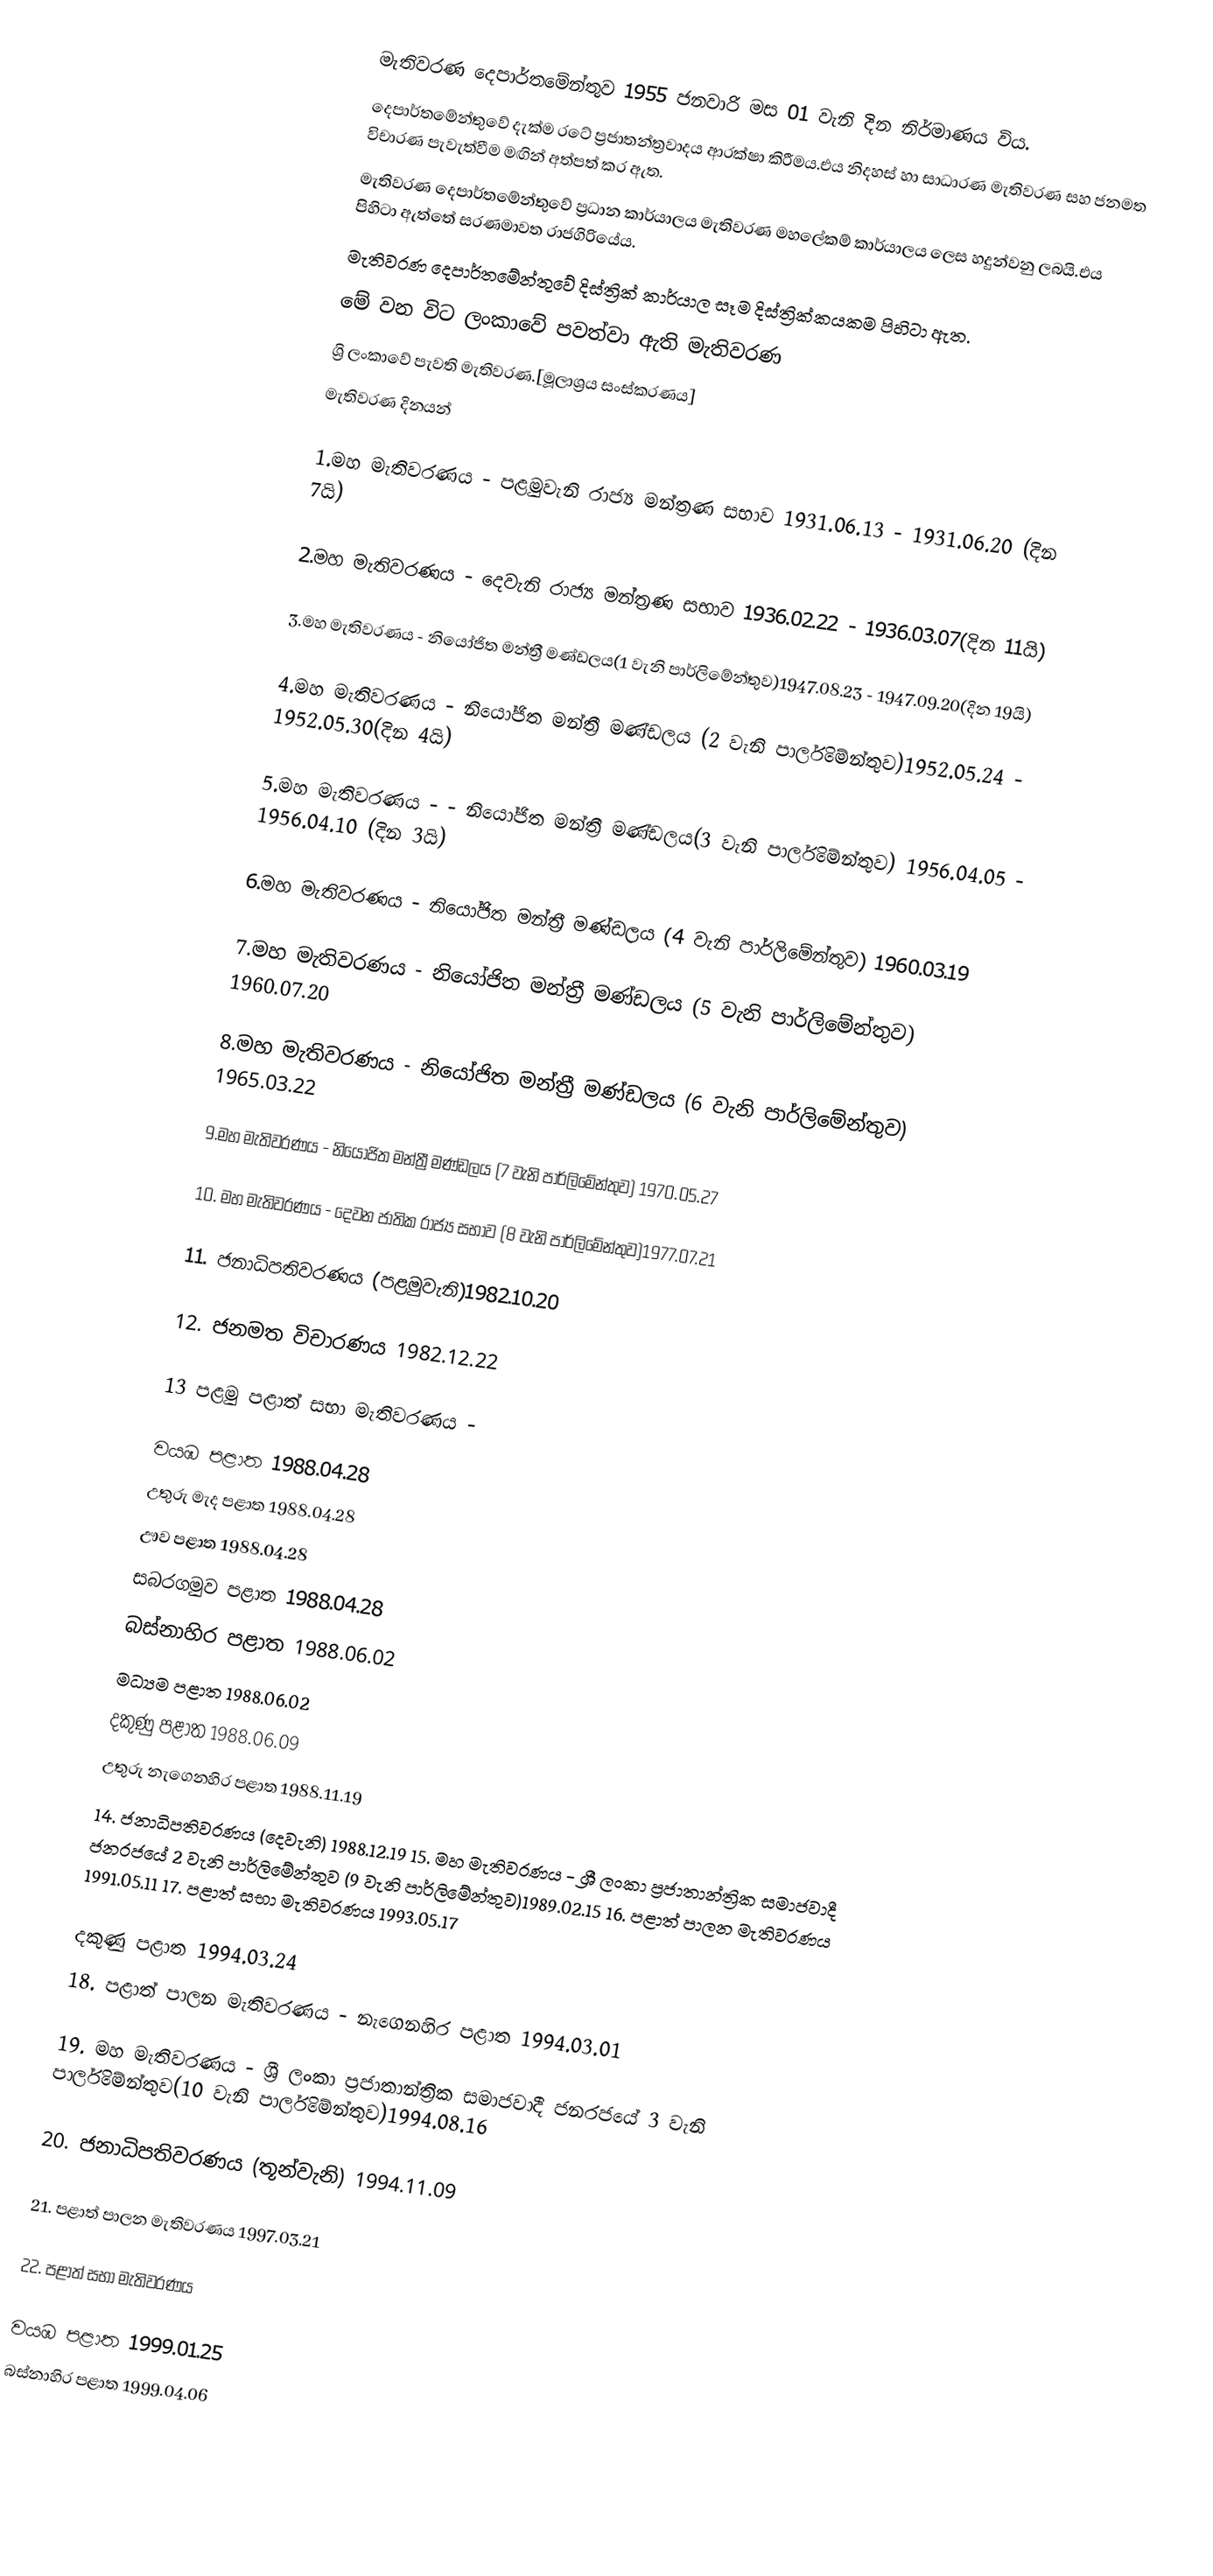
මැතිවරණ දෙපාර්තමේන්තුව 1955  ජනවාරි මස 01 වැනි දින නිර්මාණය විය.
දෙපාර්තමේන්තුවේ දැක්ම රටේ ප්‍රජාතන්ත්‍රවාදය ආරක්ෂා කිරීමය.එය නිදහස් හා සාධාරණ මැතිවරණ සහ ජනමත විචාරණ පැවැත්වීම මඟින් අත්පත් කර ඇත.
මැතිවරණ දෙපාර්තමේන්තුවේ ප්‍රධාන කාර්යාලය මැතිවරණ මහලේකම් කාර්යාලය ලෙස හදුන්වනු ලබයි.එය පිහිටා ඇත්තේ සරණමාවත රාජගිරියේය.
මැතිවරණ දෙපාර්තමේන්තුවේ දිස්ත්‍රික් කාර්යාල සෑම දිස්ත්‍රික්කයකම පිහිටා ඇත.
මේ වන විට ලංකාවේ පවත්වා ඇති මැතිවරණ
ශ්‍රි ලංකාවේ පැවති මැතිවරණ.[මූලාශ්‍රය සංස්කරණය]
මැතිවරණ දිනයන්

1.මහ මැතිවරණය - පළමුවැනි රාජ්‍ය මන්ත්‍රණ සභාව 1931.06.13 - 1931.06.20 (දින 7යි)

2.මහ මැතිවරණය - ‌දෙවැනි රාජ්‍ය මන්ත්‍රණ සභාව 1936.02.22 - 1936.03.07(දින 11යි)

3.මහ මැතිවරණය - නි‌යෝජිත මන්ත්‍රී මණ්ඩලය(1 වැනි පාර්ලි‌මේන්තුව)1947.08.23 - 1947.09.20(දින 19යි)

4.මහ මැතිවරණය - නි‌යෝජිත මන්ත්‍රී මණ්ඩලය (2 වැනි පාර්ලි‌මේන්තුව)1952.05.24 - 1952.05.30(දින 4යි)

5.මහ මැතිවරණය - - නි‌යෝජිත මන්ත්‍රී මණ්ඩලය(3 වැනි පාර්ලි‌මේන්තුව) 1956.04.05 - 1956.04.10 (දින 3යි)

6.මහ මැතිවරණය - නි‌යෝජිත මන්ත්‍රී මණ්ඩලය (4 වැනි පාර්ලි‌මේන්තුව) 1960.03.19

7.මහ මැතිවරණය - නි‌යෝජිත මන්ත්‍රී මණ්ඩලය (5 වැනි පාර්ලි‌මේන්තුව) 1960.07.20

8.මහ මැතිවරණය - නි‌යෝජිත මන්ත්‍රී මණ්ඩලය (6 වැනි පාර්ලි‌මේන්තුව) 1965.03.22

9.මහ මැතිවරණය - නි‌යෝජිත මන්ත්‍රී මණ්ඩලය (7 වැනි පාර්ලි‌මේන්තුව) 1970.05.27

10. මහ මැතිවරණය - ‌දෙවන ජාතික රාජ්‍ය සභාව (8 වැනි පාර්ලි‌මේන්තුව)1977.07.21

11. ජනාධිපතිවරණය (පළමුවැනි)1982.10.20

12. ජනමත විචාරණය 1982.12.22

13 පළමු පළාත් සභා මැතිවරණය -

           වයඹ පළාත        1988.04.28
                උතුරු මැද පළාත  1988.04.28
                ඌව පළාත 1988.04.28
                සබරගමුව පළාත    1988.04.28
                බස්නාහිර පළාත   1988.06.02
                මධ්‍යම පළාත     1988.06.02
                දකුණු පළාත      1988.06.09
                උතුරු නැ‌ගෙනහිර පළාත    1988.11.19
14. ජනාධිපතිවරණය (දෙවැනි) 1988.12.19 15. මහ මැතිවරණය - ශ්‍රී ලංකා ප්‍රජාතාන්ත්‍රික සමාජවාදී ජනර‌ජ‌යේ ‌2 වැනි පාර්ලි‌මේන්තුව (9 වැනි පාර්ලි‌මේන්තුව)1989.02.15 16. පළාත් පාලන මැතිවරණය 1991.05.11 17. පළාත් සභා මැතිවරණය 1993.05.17

           දකුණු පළාත      1994.03.24
18. පළාත් පාලන මැතිවරණය - නැ‌ගෙනහිර පළාත 1994.03.01

19. මහ මැතිවරණය - ශ්‍රී ලංකා ප්‍රජාතාන්ත්‍රික සමාජවාදී ජනරජ‌යේ 3 වැනි පාර්ලි‌මේන්තුව(10 වැනි පාර්ලි‌මේන්තුව)1994.08.16

20. ජනාධිපතිවරණය (තූන්වැනි) 1994.11.09

21. පළාත් පාලන මැතිවරණය 1997.03.21

22. පළාත් සභා මැතිවරණය

           වයඹ පළාත        1999.01.25
                බස්නාහිර පළාත   1999.04.06